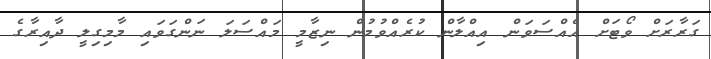
ގަރާރަށް ވޯޓަށް އެއްސަވަން އިއްލާން ކުރެއްވުމުން ނިޒާމީ މައްސަލަ ނަންގަވައި މާމިގިލީ ދާއިރާގެ